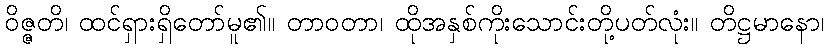
ဝိဇ္ဇတိ၊ ထင်ရှားရှိတော်မူ၏။ တာဝတာ၊ ထိုအနှစ်ကိုးသောင်းတို့ပတ်လုံး။ တိဋ္ဌမာနော၊